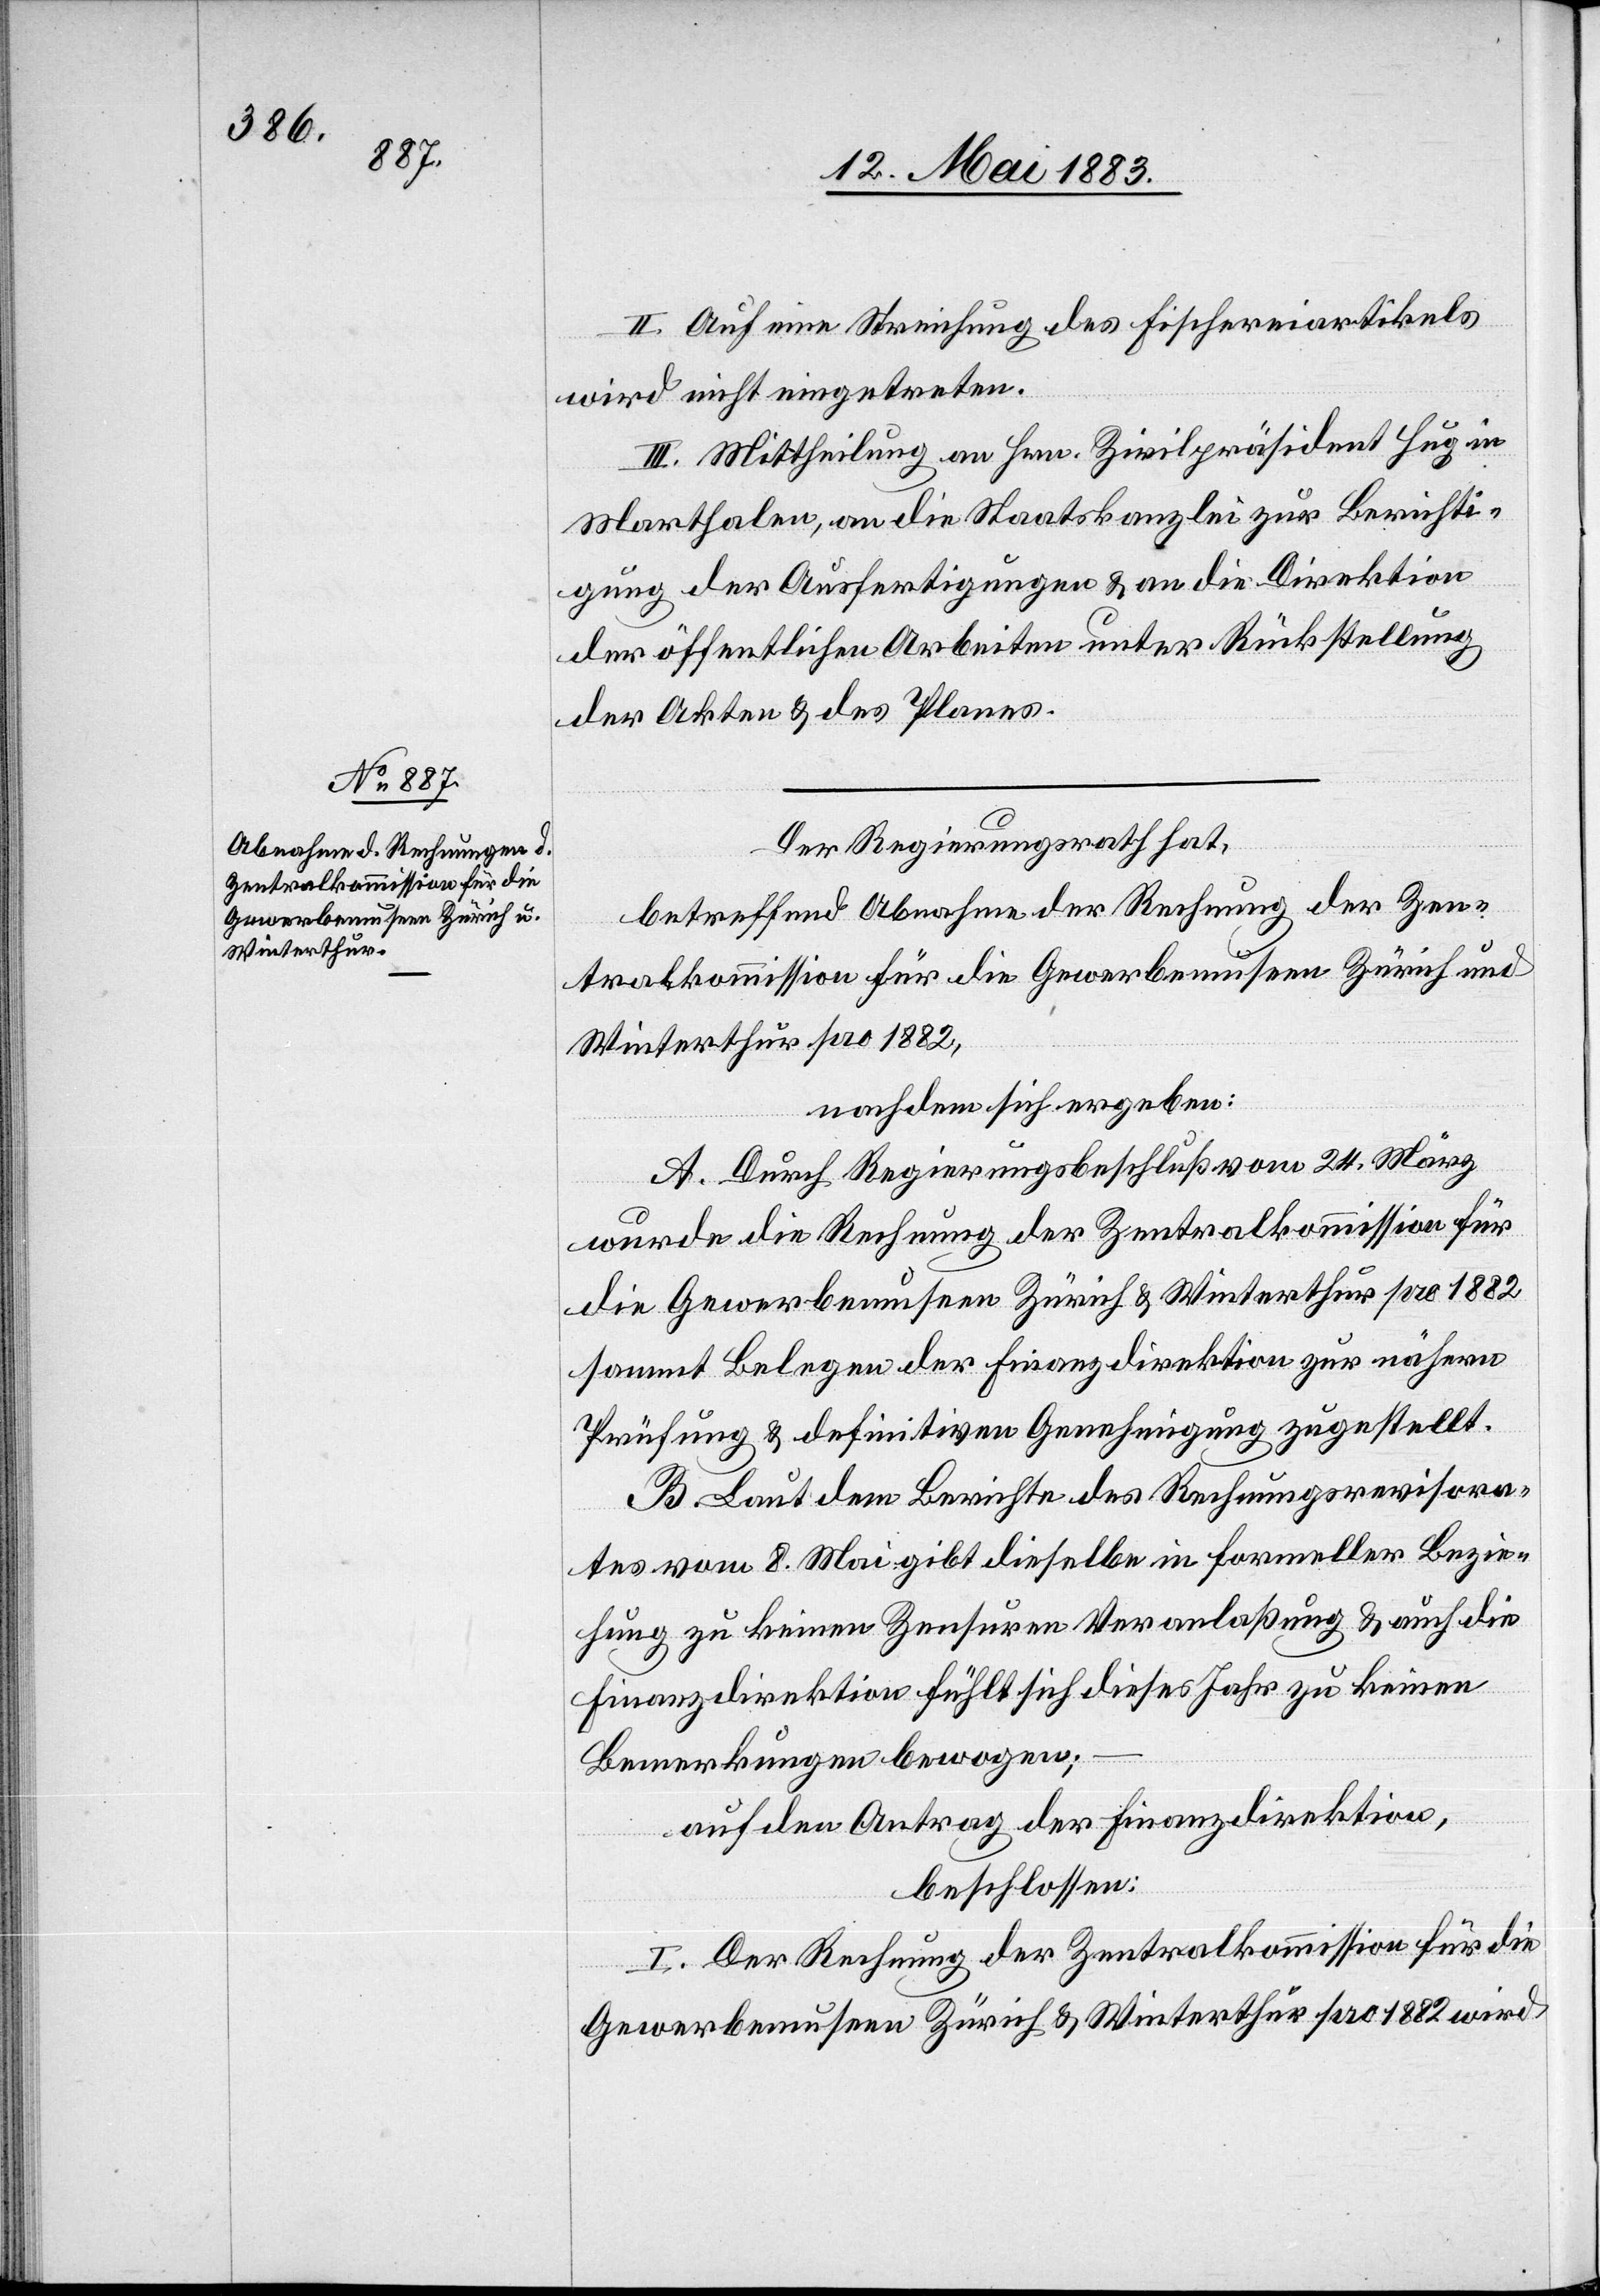
II. Auf eine Streichung des Fischereiartikels
wird nicht eingetreten.
III. Mittheilung an Hrn. Zivilpräsident Hug in
Marthalen, an die Staatskanzlei zur Berichti¬
gung der Ausfertigungen & an die Direktion
der öffentlichen Arbeiten unter Rückstellung
der Akten & des Planes.
Der Regierungsrath hat,
betreffend Abnahme der Rechnung der Zen¬
tralkommission für die Gewerbemuseen Zürich und
Winterthur pro 1882,
nachdem sich ergeben:
A. Durch Regierungsbeschluß vom 24. März
wurde die Rechnung der Zentralkommission für
die Gewerbemuseen Zürich & Winterthur pro 1882
sammt Belegen der Finanzdirektion zur nähern
Prüfung & definitiven Genehmigung zugestellt.
B. Laut dem Berichte des Rechnungsrevisora¬
tes vom 8. Mai gibt dieselbe in formeller Bezie¬
hung zu keinen Zensuren Veranlaßung & auch die
Finanzdirektion fühlt sich dieses Jahr zu keinen
Bemerkungen bewogen;
auf den Antrag der Finanzdirektion,
beschlossen:
I. Der Rechnung der Zentralkommission für die
Gewebemuseen Zürich & Winterthur pro 1882 wird